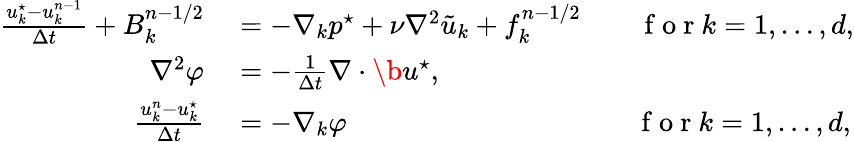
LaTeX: \begin{array}{rl}{\frac{u_{k}^{\star}-u_{k}^{n-1}}{\Delta t}+B_{k}^{n-1/2}}&{{}=-\nabla_{k}p^{\star}+\nu{\nabla}^{2}\tilde{u}_{k}+f_{k}^{n-1/2}\qquad\mathrm{~f~o~r~}k=1,\dots,d,}\\ {{\nabla}^{2}\varphi}&{{}=-\frac{1}{\Delta t}\nabla\cdot\b u^{\star},}\\ {\frac{u_{k}^{n}-u_{k}^{\star}}{\Delta t}}&{{}=-{\nabla}_{k}\varphi\qquad\qquad\qquad\qquad\qquad\, \mathrm{~f~o~r~}k=1,\dots,d,}\end{array}